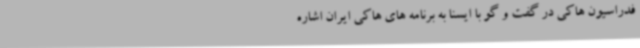
فدراسیون هاکی در گفت و گو با ایسنا به برنامه های هاکی ایران اشاره